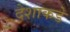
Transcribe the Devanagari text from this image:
देशाकडे